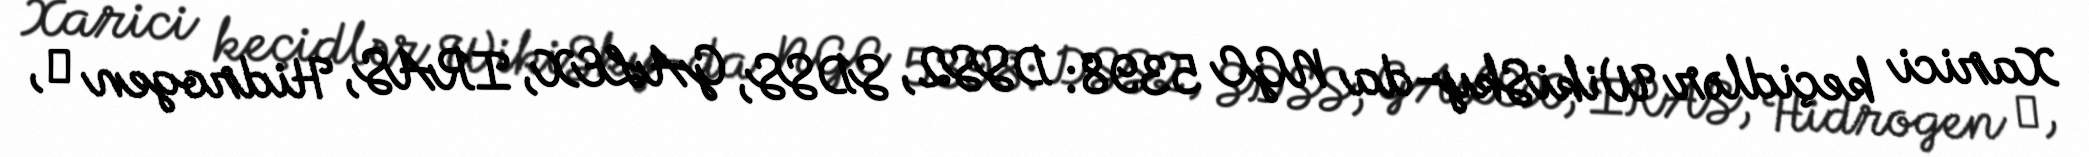
Xarici keçidlər WikiSky-da NGC 5398: DSS2, SDSS, GALEX, IRAS, Hidrogen α,